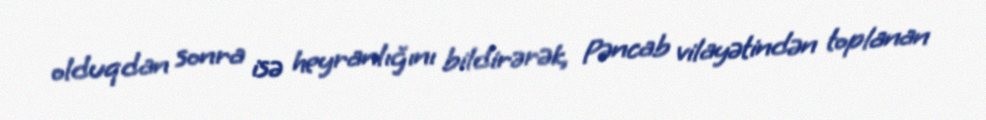
olduqdan sonra isə heyranlığını bildirərək, Pəncab vilayətindən toplanan